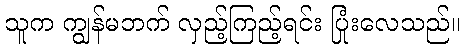
သူက ကျွန်မဘက် လှည့်ကြည့်ရင်း ပြုံးလေသည်။